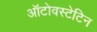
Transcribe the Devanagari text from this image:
ऑटोवस्टेटिन